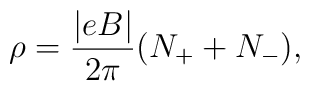
\rho = \frac{|eB|}{2\pi} (N_+ + N_-),